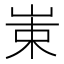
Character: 𱛩